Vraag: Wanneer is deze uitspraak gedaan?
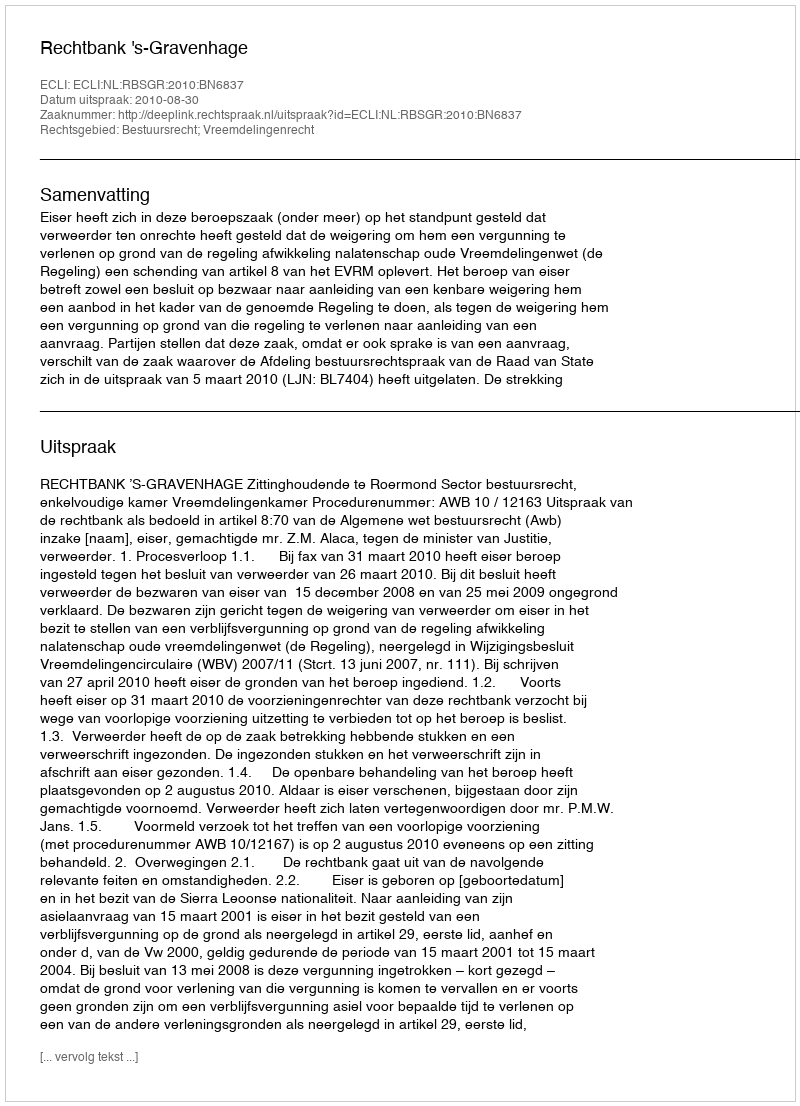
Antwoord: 2010-08-30